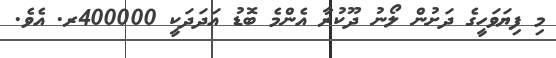
މި ފިޔަވަހީގެ ދަށުން ލޯނު ދޫކުރާ އެންމެ ބޮޑު އަދަދަކީ 400000ރ. އެވެ.